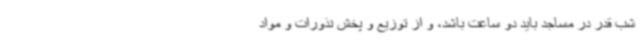
شب قدر در مساجد باید دو ساعت باشد، و از توزیع و پخش نذورات و مواد